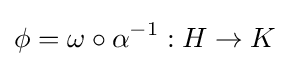
\phi =\omega \circ \alpha ^{-1}:H\to K